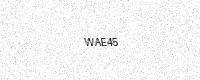
Text: WAE45